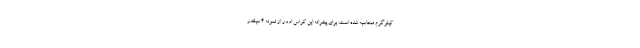
کیلوگرم محاسبه شده است. برای پیشرانه این کراس اوور از نمونه 4 سیلندر